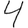
Digit: 4